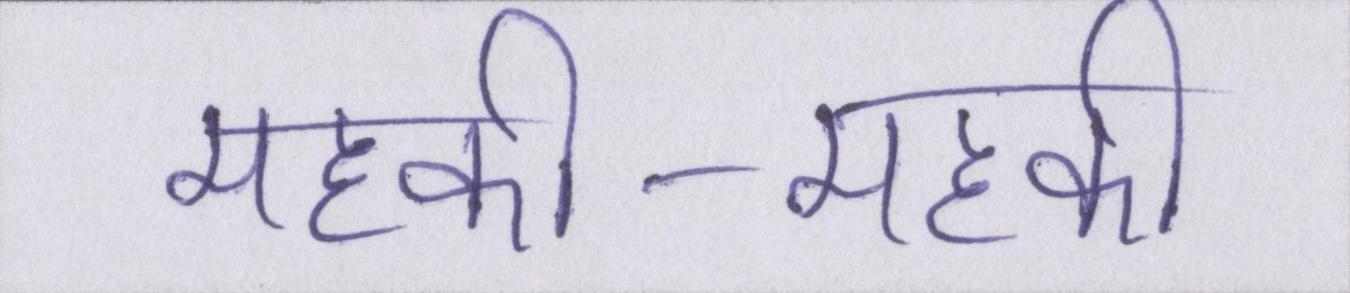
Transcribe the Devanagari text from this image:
महकी-महकी